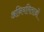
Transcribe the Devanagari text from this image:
अनियमिताओं